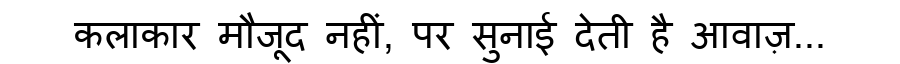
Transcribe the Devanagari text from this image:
कलाकार मौजूद नहीं, पर सुनाई देती है आवाज़...